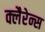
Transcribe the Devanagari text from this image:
क्लैरेन्स